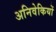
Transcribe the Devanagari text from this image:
अनिवेकियों